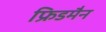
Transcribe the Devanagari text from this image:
फ्रिडमैन